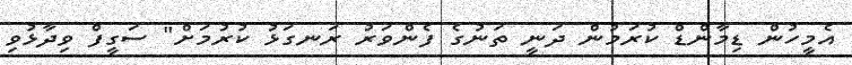
އެމީހުން ޑިމާންޑް ކުރަމުން ދަނީ ތަނުގެ ފެންވަރު ރަނގަޅު ކުރުމަށް" ސަގީފް ވިދާޅުވި